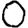
Digit: 0